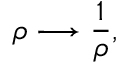
\rho \longrightarrow \frac { 1 } { \rho } ,